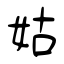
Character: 姑